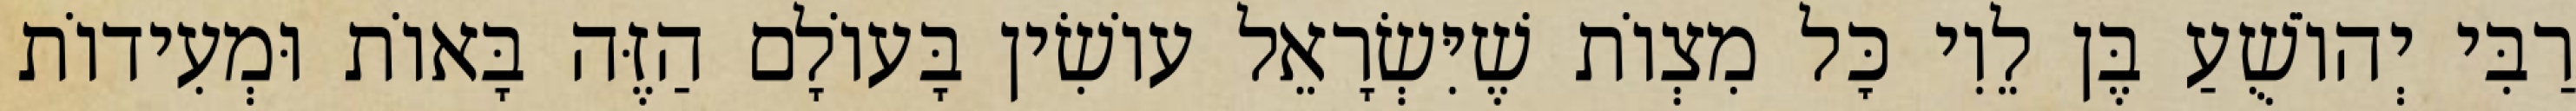
רַבִּי יְהוֹשֻׁעַ בֶּן לֵוִי כׇּל מִצְוֹת שֶׁיִּשְׂרָאֵל עוֹשִׂין בָּעוֹלָם הַזֶּה בָּאוֹת וּמְעִידוֹת